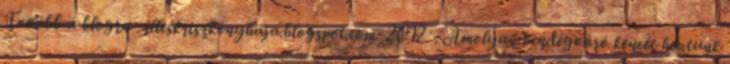
Tovább a blogra . illeskriszkonyhaja.blogspot.com 2012 . Amolyan vendégváró kencét hoztunk